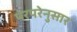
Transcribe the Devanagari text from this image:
पंरपरेनुसार